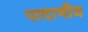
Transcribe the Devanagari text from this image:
पादाभीय